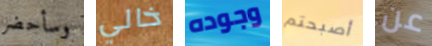
وسأحضر خالي وجوده أصبحتم عن